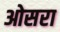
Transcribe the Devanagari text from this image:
ओसरा